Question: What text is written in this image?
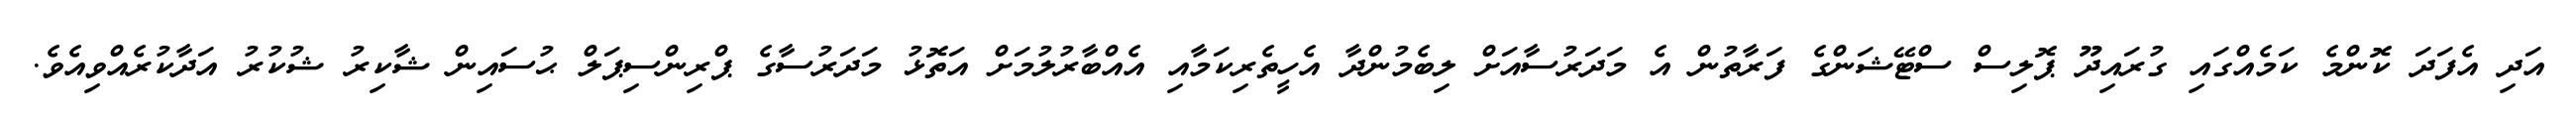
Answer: އަދި އެފަދަ ކޮންމެ ކަމެއްގައި ގުރައިދޫ ޕޮލިސް ސްޓޭޝަންގެ ފަރާތުން އެ މަދަރުސާއަށް ލިބެމުންދާ އެހީތެރިކަމާއި އެއްބާރުލުމަށް އަތޮޅު މަދަރުސާގެ ޕްރިންސިޕަލް ޙުސައިން ޝާކިރު ޝުކުރު އަދާކުރެއްވިއެވެ.